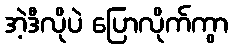
အဲ့ဒီလိုပဲ ပြောလိုက်ကွာ